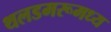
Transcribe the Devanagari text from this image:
थलडमरूमध्य